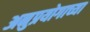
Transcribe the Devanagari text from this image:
अनुप्रयोगाच्या